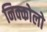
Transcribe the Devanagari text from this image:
निक्कोलो